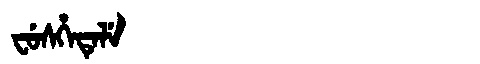
Manchu: ᠸᡠᠰᡥᡝᡨᡝᠯᡝ
Romanization: FUSHETELE